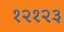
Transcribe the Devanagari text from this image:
१२१२३